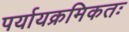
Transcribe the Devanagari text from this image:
पर्यायक्रमिकतः